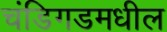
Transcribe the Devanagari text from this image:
चंडिगडमधील